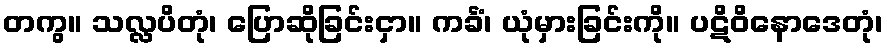
တကွ။ သလ္လပိတုံ၊ ပြောဆိုခြင်းငှာ။ ကင်္ခံ၊ ယုံမှားခြင်းကို။ ပဋိဝိနောဒေတုံ၊